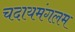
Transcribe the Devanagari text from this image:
चदायमंगलम